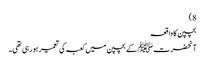
8)
بچپن کا واقعہ
آنحضرت ﷺ کے بچپن میں کعبہ کی تعمیر ہو رہی تھی۔